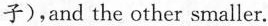
子),and the other smaller.